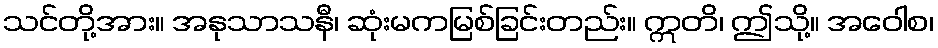
သင်တို့အား။ အနုသာသနီ၊ ဆုံးမကမြစ်ခြင်းတည်း။ ဣတိ၊ ဤသို့။ အဝေါစ၊